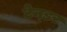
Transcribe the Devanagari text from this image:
टेन्‍डर